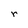
Character: r